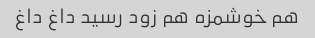
هم خوشمزه هم زود رسید داغ داغ